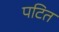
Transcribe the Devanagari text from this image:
पटित